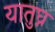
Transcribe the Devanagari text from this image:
यातुघ्न